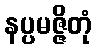
နပ္ပမဇ္ဇိတုံ